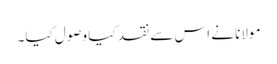
مولانا نے اس سے نقد کیا وصول کیا۔